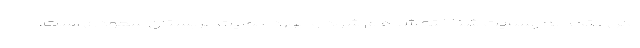
ملل متحد به رسمیت شناخته شده م‌ شود و مورد حمایت عربستان سعودی است.